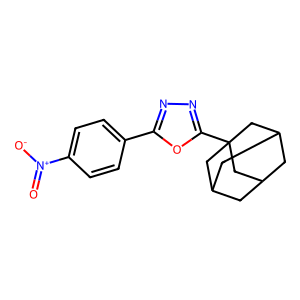
SMILES: O=[N+]([O-])c1ccc(-c2nnc(C34CC5CC(CC(C5)C3)C4)o2)cc1
Inhibits HIV replication: No